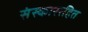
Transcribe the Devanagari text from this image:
संस्काररहित